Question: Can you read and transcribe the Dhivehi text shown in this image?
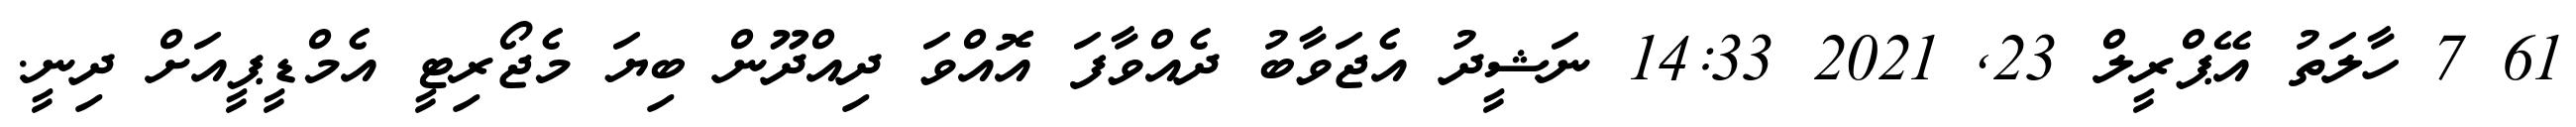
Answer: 61 7 ހާލަތު އޭޕްރީލް 23, 2021 14:33 ނަޝީދު އެޖަވާބު ދެއްވާފަ އޮއްވަ ދިއްދޫން ބިޔަ މެޖޯރިޓީ އެމްޑީޕީއަށް ދިނީ.